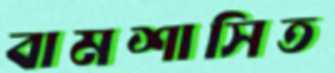
বামশাসিত